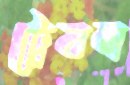
ট্রেবল